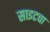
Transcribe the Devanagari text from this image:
साइटचा